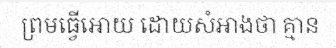
ព្រមធ្វើអោយ ដោយសំអាងថា គ្មាន